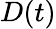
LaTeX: D(t)